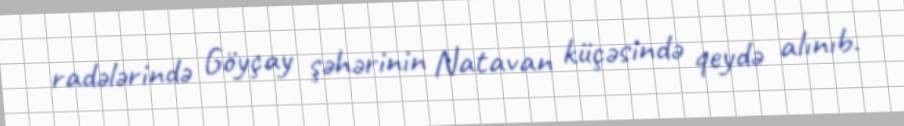
radələrində Göyçay şəhərinin Natavan küçəsində qeydə alınıb.